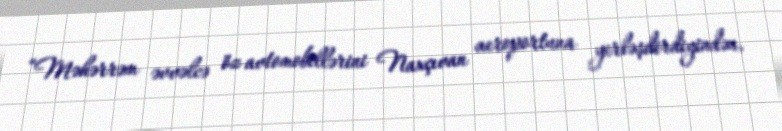
“Məhərrəm əvvəlcə öz avtomobillərini Naxçıvan aeroportuna yerləşdirdiyindən,